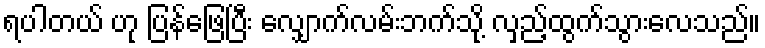
ရပါတယ် ဟု ပြန်ဖြေပြီး လျှောက်လမ်းဘက်သို့ လှည့်ထွက်သွားလေသည်။